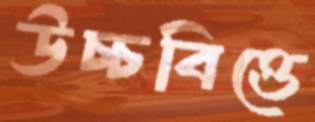
উচ্চবিত্তে